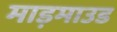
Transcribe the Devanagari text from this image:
माड़माउड